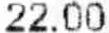
22.00